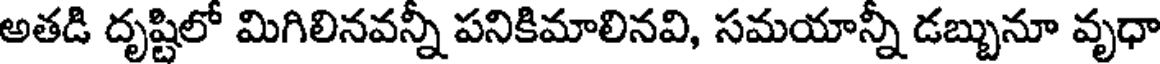
అతడి దృష్టిలో మిగిలినవన్నీ పనికిమాలినవి, సమయాన్నీ డబ్బునూ వృధా